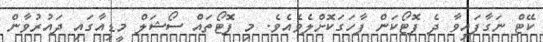
ކޭޓް ނަގާފައިވާ ދެ ފޮޓޯކަން ފާހަގަކޮށްލެވެއެވެ. މި ފޮޓޯތައް ސޯޝަލް މީޑިއާގައި ދައުރުވާން